Scientific memoirs by medical officers of the Army of India - Part XII,
Year: 1901
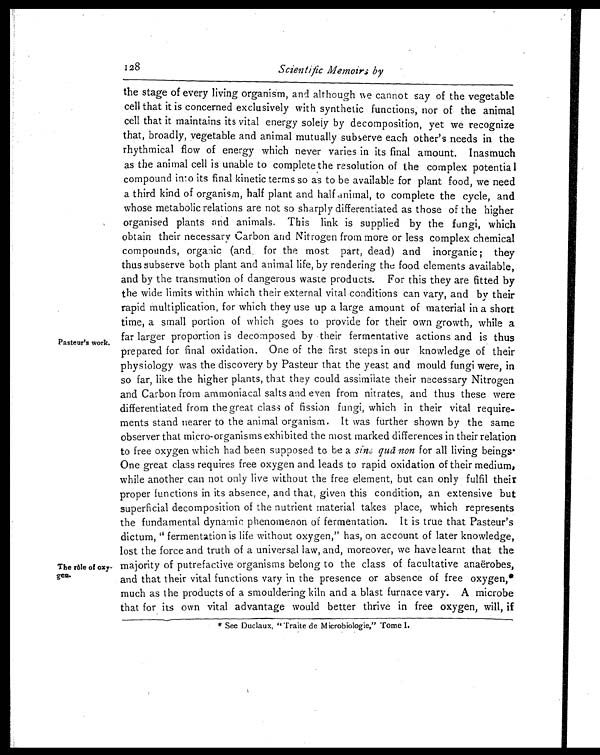
128
Scientific Memoirs by
Pasteur's work.
The rôle of oxy
-
gen.
the stage of every living organism, and although we cannot say of the vegetable
cell that it is concerned exclusively with synthetic functions, nor of the animal
cell that it maintains its vital energy solely by decomposition, yet we recognize
that, broadly, vegetable and animal mutually subserve each other's needs in the
rhythmical flow of energy which never varies in its final amount. Inasmuch
as the animal cell is unable to complete the resolution of the complex potential
compound into its final kinetic terms so as to be available for plant food, we need
a third kind of organism, half plant and half animal, to complete the cycle, and
whose metabolic relations are not so sharply differentiated as those of the higher
organised plants and animals. This link is supplied by the fungi, which
obtain their necessary Carbon and Nitrogen from more or less complex chemical
compounds, organic (and, for the most part, dead) and inorganic; they
thus subserve both plant and animal life, by rendering the food elements available,
and by the transmution of dangerous waste products. For this they are fitted by
the wide limits within which their external vital conditions can vary, and by their
rapid multiplication, for which they use up a large amount of material in a short
time, a small portion of which goes to provide for their own growth, while a
far larger proportion is decomposed by their fermentative actions and is thus
prepared for final oxidation. One of the first steps in our knowledge of their
physiology was the discovery by Pasteur that the yeast and mould fungi were, in
so far, like the higher plants, that they could assimilate their necessary Nitrogen
and Carbon from ammoniacal salts and even from nitrates, and thus these were
differentiated from the great class of fission fungi, which in their vital require
-
ments stand nearer to the animal organism. It was further shown by the same
observer that micro-organisms exhibited the most marked differences in their relation
to free oxygen which had been supposed to be a sine quâ non for all living beings
.
One great class requires free oxygen and leads to rapid oxidation of their medium,
while another can not only live without the free element, but can only fulfil their
proper functions in its absence, and that, given this condition, an extensive but
superficial decomposition of the nutrient material takes place, which represents
the fundamental dynamic phenomenon of fermentation. It is true that Pasteur's
dictum, "fermentation is life without oxygen," has, on account of later knowledge,
lost the force and truth of a universal law, and, moreover, we have learnt that the
majority of putrefactive organisms belong to the class of facultative anaërobes,
and that their vital functions vary in the presence or absence of free oxygen,*
much as the products of a smouldering kiln and a blast furnace vary. A microbe
that for its own vital advantage would better thrive in free oxygen, will, if
* See Duclaux, " Traite de Microbiologie," Tome I.